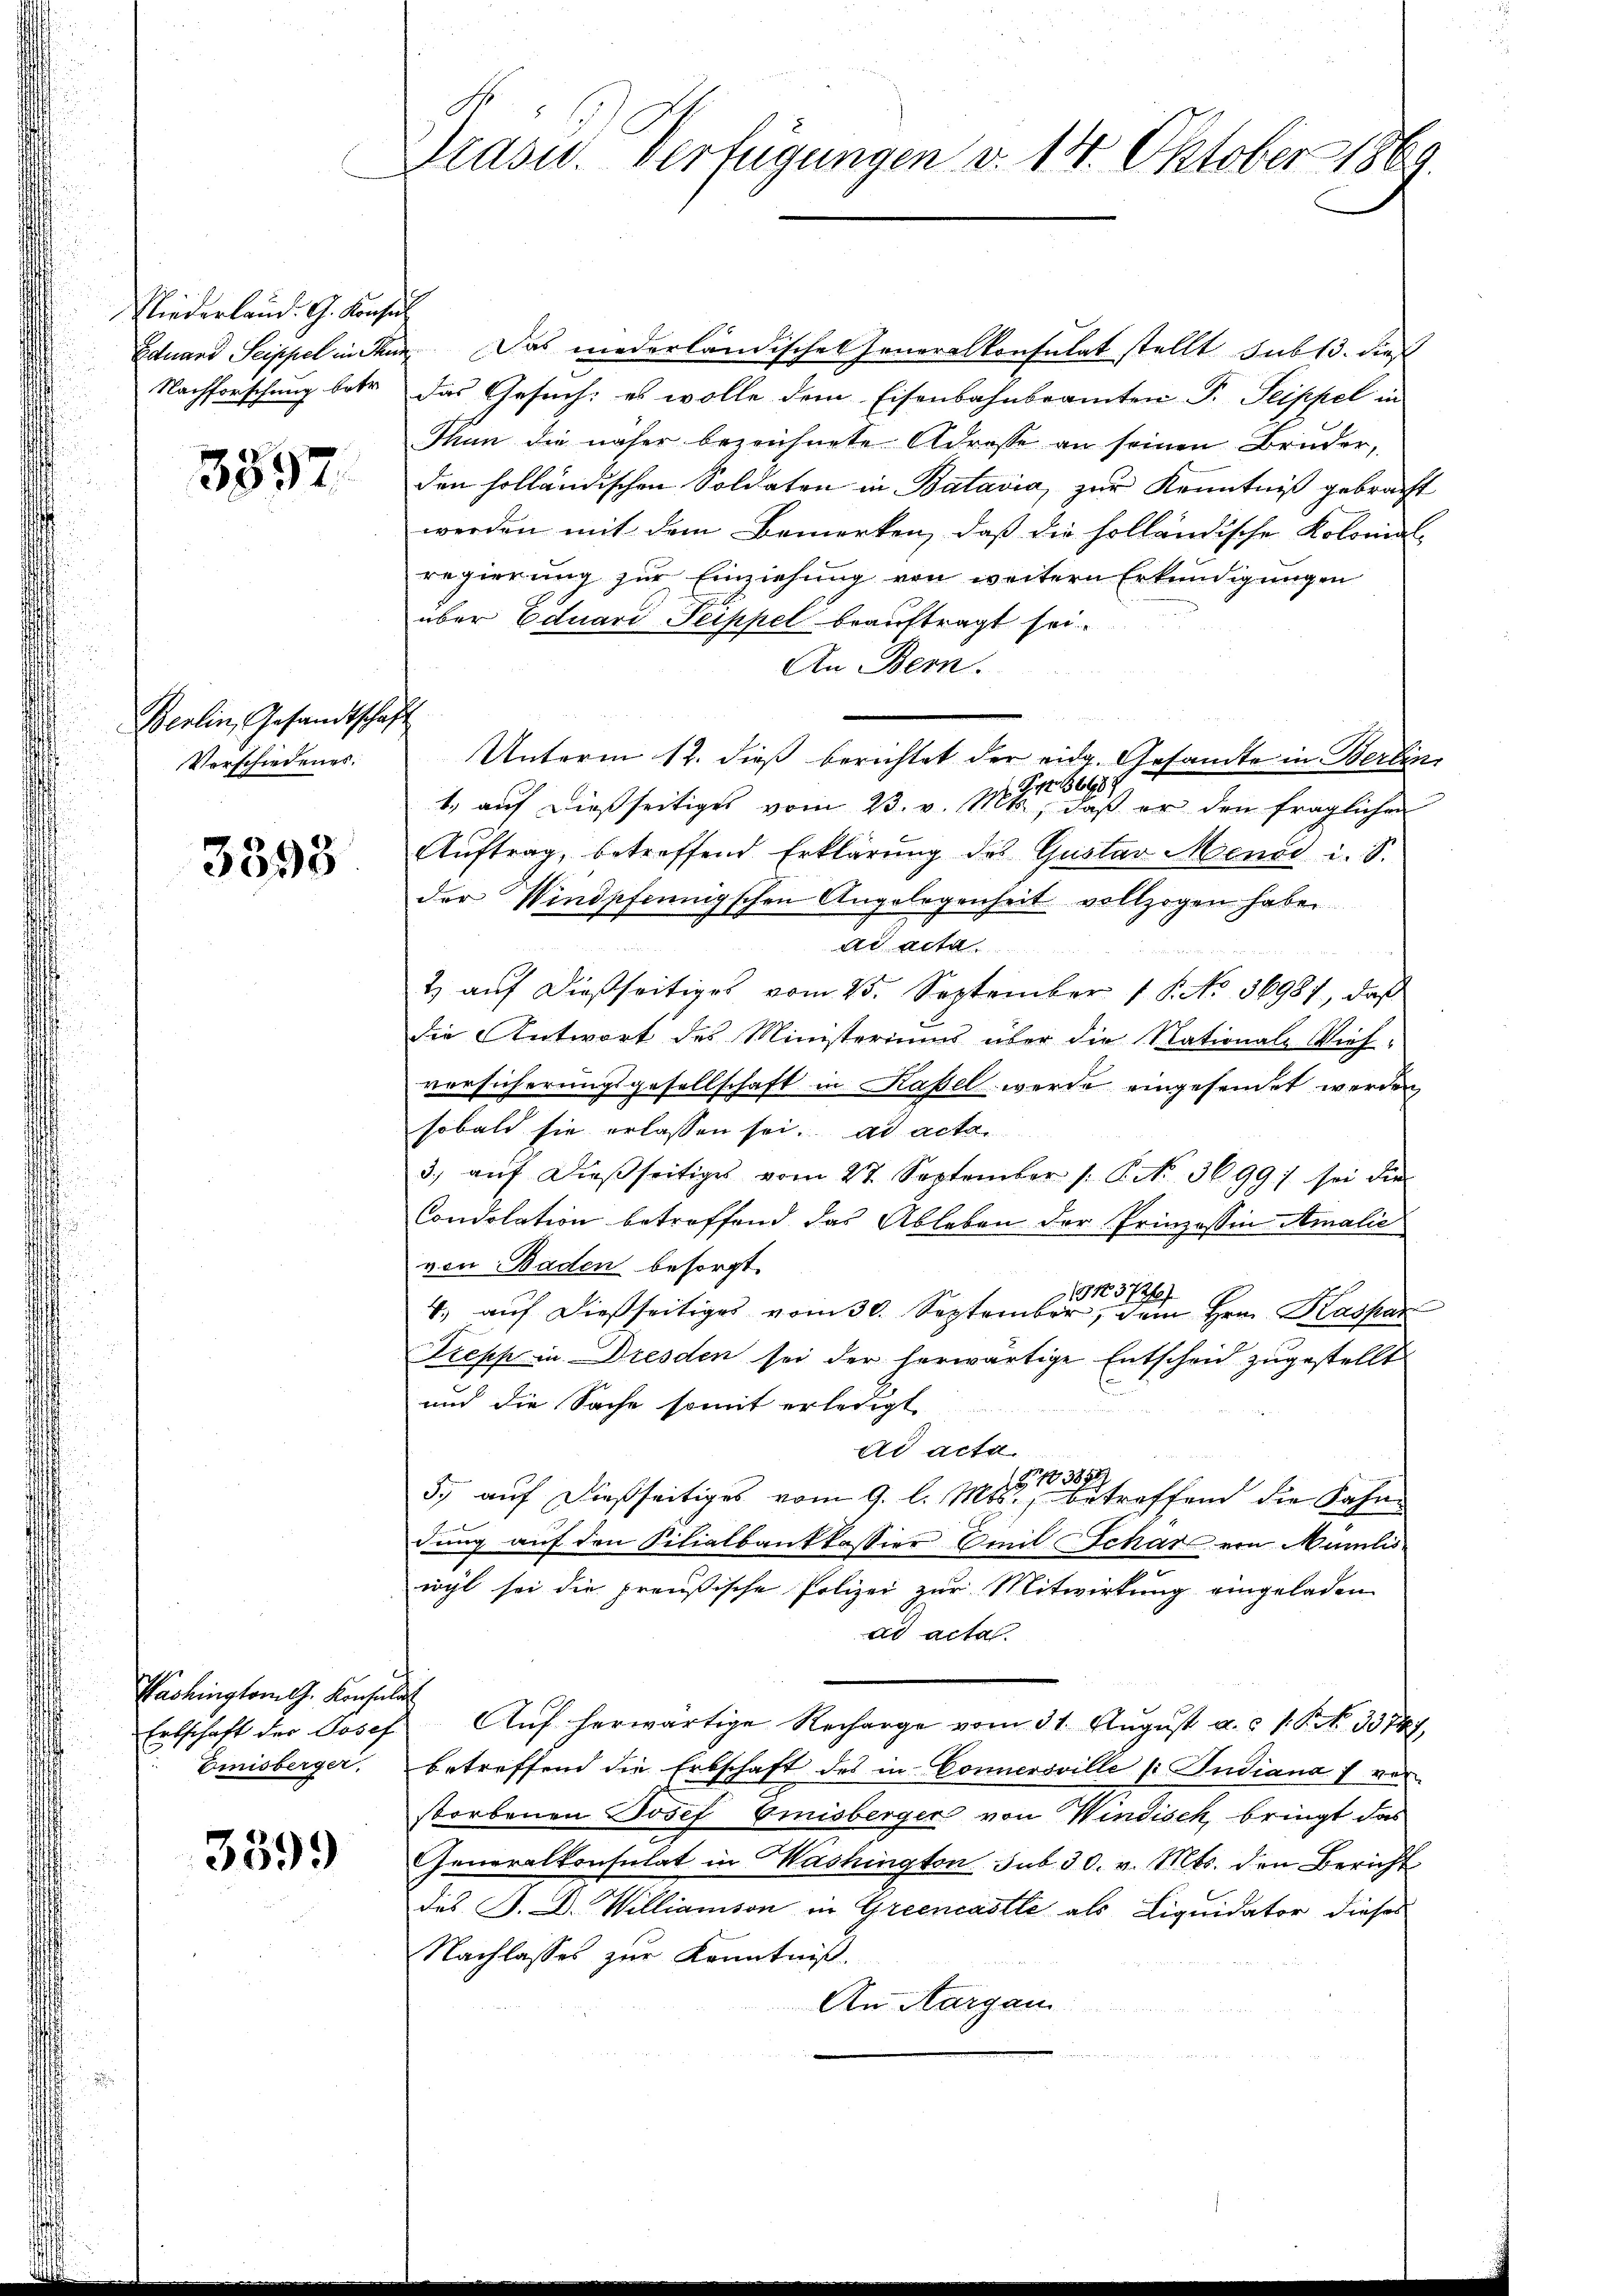
derland. G. Konse
duand Seippel in Ihn
Nachforschung betr.

3397.

Zerlin, Gesandtscha¬
Verschiedenes.

3393

Washington G. Konsula
Erbschaft der Josef
Emnisberger.

339)

Grasw. Verfügungen v. 14. Oktober 1869.

h

Das niederländischen Generalkonsulat stellt sub 13. dieß
das Gesuch: es wolle dem Eisenbahnbeamten P. Seippel in
Thun die näher bezeichnete Adrosse an seinen Bruder,
den holländischen Soldaten in Batavia, zur Kenntniß gebracht
werden mit dem Bemerken, daß die holländische Kolonial-
regierung zur Einziehung von weitern Erkundigungen
über Eduari Peikkel beauftragt sei.
An Bern.
1. Sept. 36989
1., auf dießseitiges vom 23. v. Mts, daß er den fraglichen
Auftrag, betreffend Erklärung des Gustav Menod i. S.
der Windpfeningschen Angelegenheit vollzogen habe
ad acta
2) auf dießseitiges vom 25. September 18. No. 36987, daß
die Antwort des Ministeriums über die Nationale Bief-
vorsicherungsgesellschaft in Kaßel werde eingesendet werden
sobald sie erlassen sei. ad acta
3. aŭf dieβseitiges vom 27. September 1. P. Nr. 3699) sei die
Condolation betreffend das Ableben der Prinzessin Amalić
von Baden besorgt.
91372f
4. aŭf dießseitiges vom 30. September, Dein Hrn. Kaspar
Trepp in Dresden sei der herwärtige Entscheid zugestellt
und die Sache somit erledigt
ad acta.
17173858
5, auf dießseitiges vom 9. l. Mts., betreffend die Fahne
dung auf den Filialbankkassier Emil Schar von Mumilis
wyl sei die preußische Polizei zur Mitwirkung eingeladen.
ad acta.
Auf herwärtige Recharge vom 31. August u. s. S. 33747,
betreffend die Erbschaft des in Connersville (: Indiana 7 vor
storbenen Josef Emisberger von Windisch bringt das
Generalkonsulat in Washington sub 30. v. Mts. den Bericht
das P. D. Willianson in Greencastle als Liquidator dieses
Nachlasses zur Kenntniß.
An Margau

Unterm 12. dieß berichtet der eidg. Gesante in Berlin